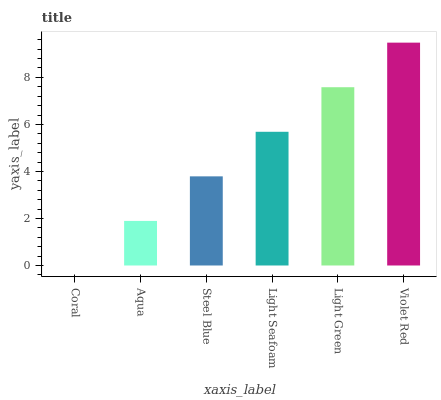
| xaxis_label | bars |
 | --- | --- |
 | Coral | 0 |
 | Aqua | 1.9 |
 | Steel Blue | 3.79 |
 | Light Seafoam | 5.69 |
 | Light Green | 7.58 |
 | Violet Red | 9.48 |